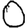
Digit: 0